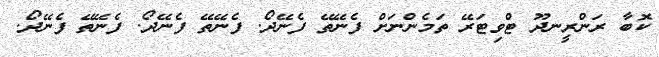
ކޮބާ ރަންރީނދޫ ޓްވިޓަރޭ ތަމެންނަށް ފެނޭތޭ ފެނޭދޯ. ފެނޭތޭ ފެނޭދޯ. ފެނޭތޭ ފެނޭދޯ.